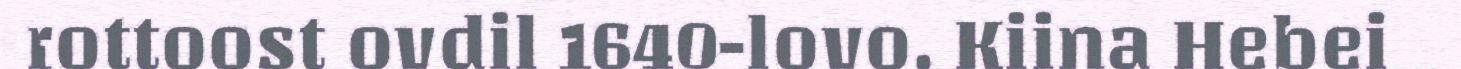
rottoost ovdil 1640-lovo. Kiina Hebei